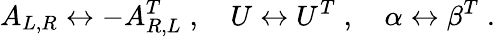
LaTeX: A_{L,R}\leftrightarrow-A_{R,L}^{T}\; ,\quad U\leftrightarrow U^{T}\; ,\quad\alpha\leftrightarrow\beta^{T}\; .